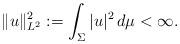
LaTeX: \begin{align*}\|u\|^2_{L^2}:=\int_\Sigma |u|^2\, d\mu <\infty.\end{align*}